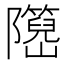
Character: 𬯤